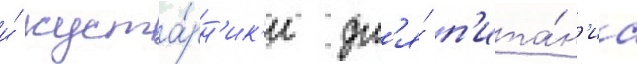
и́ куста́рн'ик'и дл'я́ п'ита́н'иа